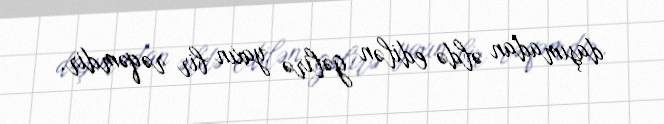
daşımadan əldə edilən gəlirə yaxın bir rəqəmdir.